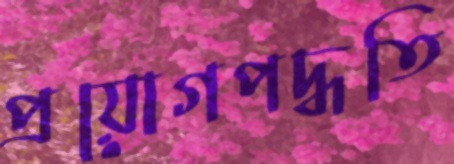
প্রয়োগপদ্ধতি